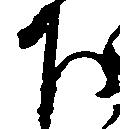
下